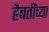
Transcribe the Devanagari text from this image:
हैबतींच्या